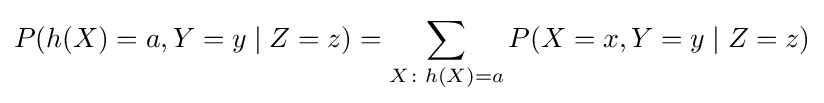
P(h(X)=a,Y=y\mid Z=z)=\sum _{X\colon h(X)=a}P(X=x,Y=y\mid Z=z)